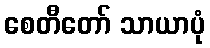
စေတီတော် သာယာပုံ